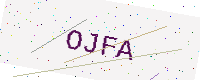
Text: OJFA